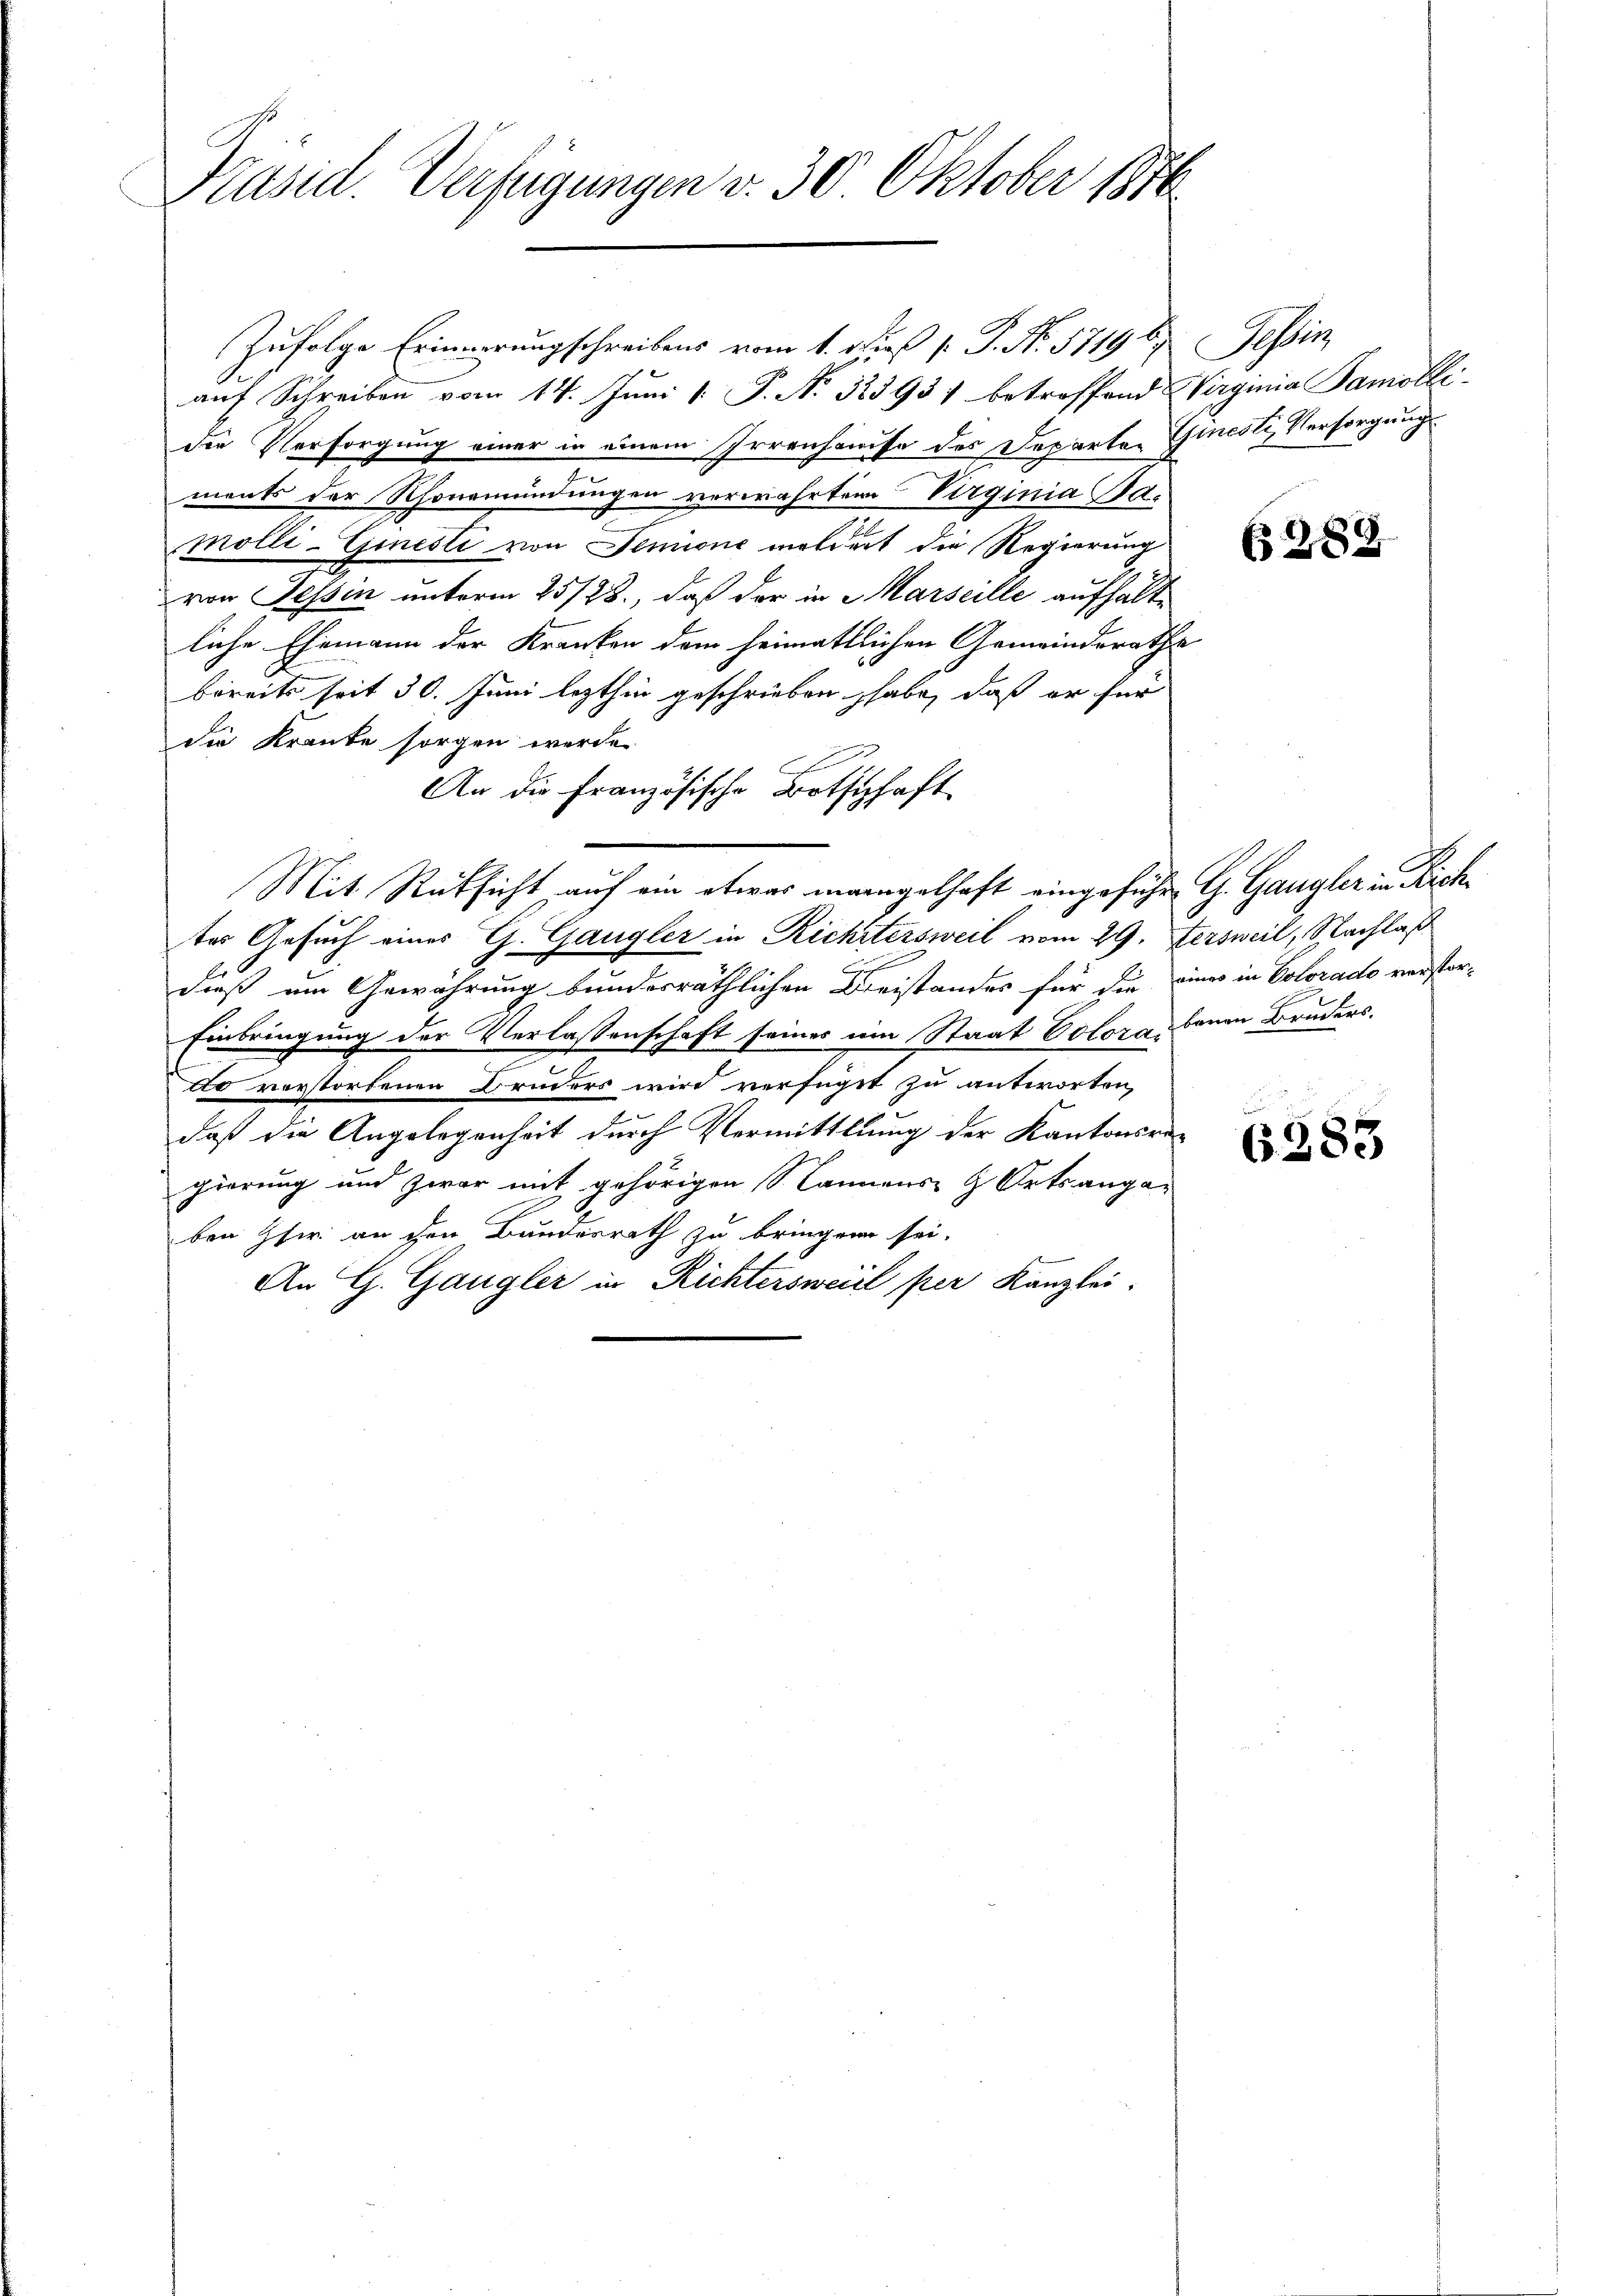
Präsid. Verfügungen v. 30 Oktober 1816

Zufolge Erinnerungschreibens vom 1. Fuß [ P. No. 57196.
auf Schreiben vom 14. Juni 1. P. No. 32393) betreffend Wirginia Samobli-
die Versorgung einer in einem Irrenhause des Departen Giesli, Versorgung
ments der Schönemündungen verwahrten Virginia Bamolli-Ginesti von Senione meldert die Regierung
von Tessin unterm 25/28., daß der in Marseille aufhalte
liche Ehemann der Kranken dem heimattlichen Gemeinderathes
bereits seit 30. Juni lezthin geschrieben habe, daß er für
die Kranke sorgen werde.
An die Französische Botschaft
Mit Rücksicht auf ein etwas mangelhaft eingeführ G. Gangler in Richtes Gesuch eines G. Gangler in Richtersweil vom 29. Fersweil, Nachlaß
dieß um Gewährung bundesräthlichen Kreistandes für die eines in Colorado verstor¬
Einbringung der Verlassenschaft seines im Staat Colora benen Bruders.
tto vorstorbenen Bruders wird verfüget zu antworten,
daß die Angelegenheit durch Vermittlung der Kantonsregierung und zwar mit gehörigen annens- & Ortsangaben her an ihre Bundesrath zu bringen sei,
An G. Gangler in Richtersweil per Kanzlei-

Schei

(§ 288

6283